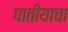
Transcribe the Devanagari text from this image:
पातीयाचा